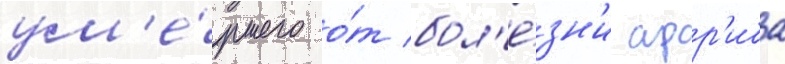
ум'е́ршего о́т бол'е́зн'и арр'иба